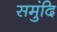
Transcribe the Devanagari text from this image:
समुंदि